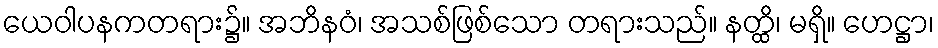
ယေဝါပနကတရား၌။ အဘိနဝံ၊ အသစ်ဖြစ်သော တရားသည်။ နတ္ထိ၊ မရှိ။ ဟေဋ္ဌာ၊